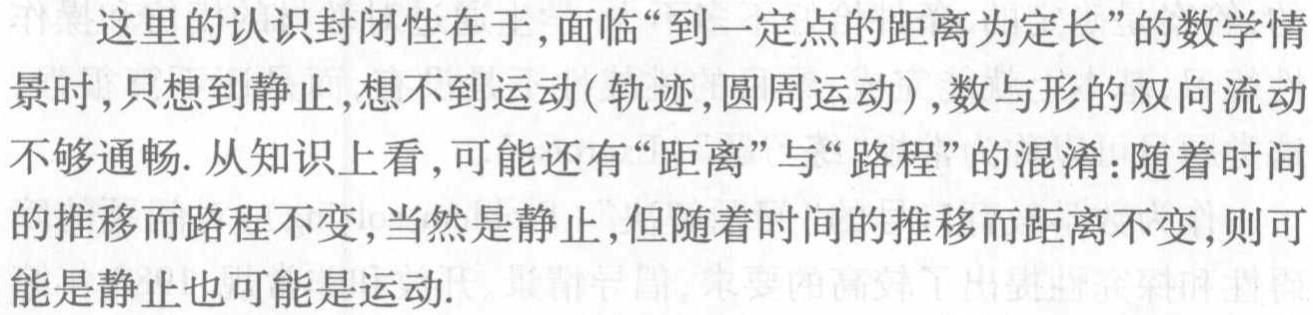
这里的认识封闭性在于,面临“到一定点的距离为定长”的数学情景时,只想到静止,想不到运动(轨迹,圆周运动),数与形的双向流动不够通畅.从知识上看,可能还有“距离”与“路程”的混淆:随着时间的推移而路程不变,当然是静止,但随着时间的推移而距离不变,则可能是静止也可能是运动.